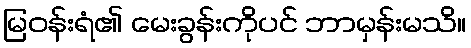
မြဝန်းရံ၏ မေးခွန်းကိုပင် ဘာမှန်းမသိ။